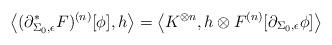
LaTeX: \begin{align*} \left\langle (\partial_{\Sigma_0, \epsilon}^{*}F)^{(n)}[\phi], h \right\rangle &= \left\langle K^{\otimes n}, h \otimes F^{(n)}[\partial_{\Sigma_0, \epsilon} \phi] \right\rangle \end{align*}